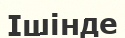
Ішінде